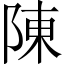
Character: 陳